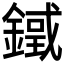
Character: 𨫓